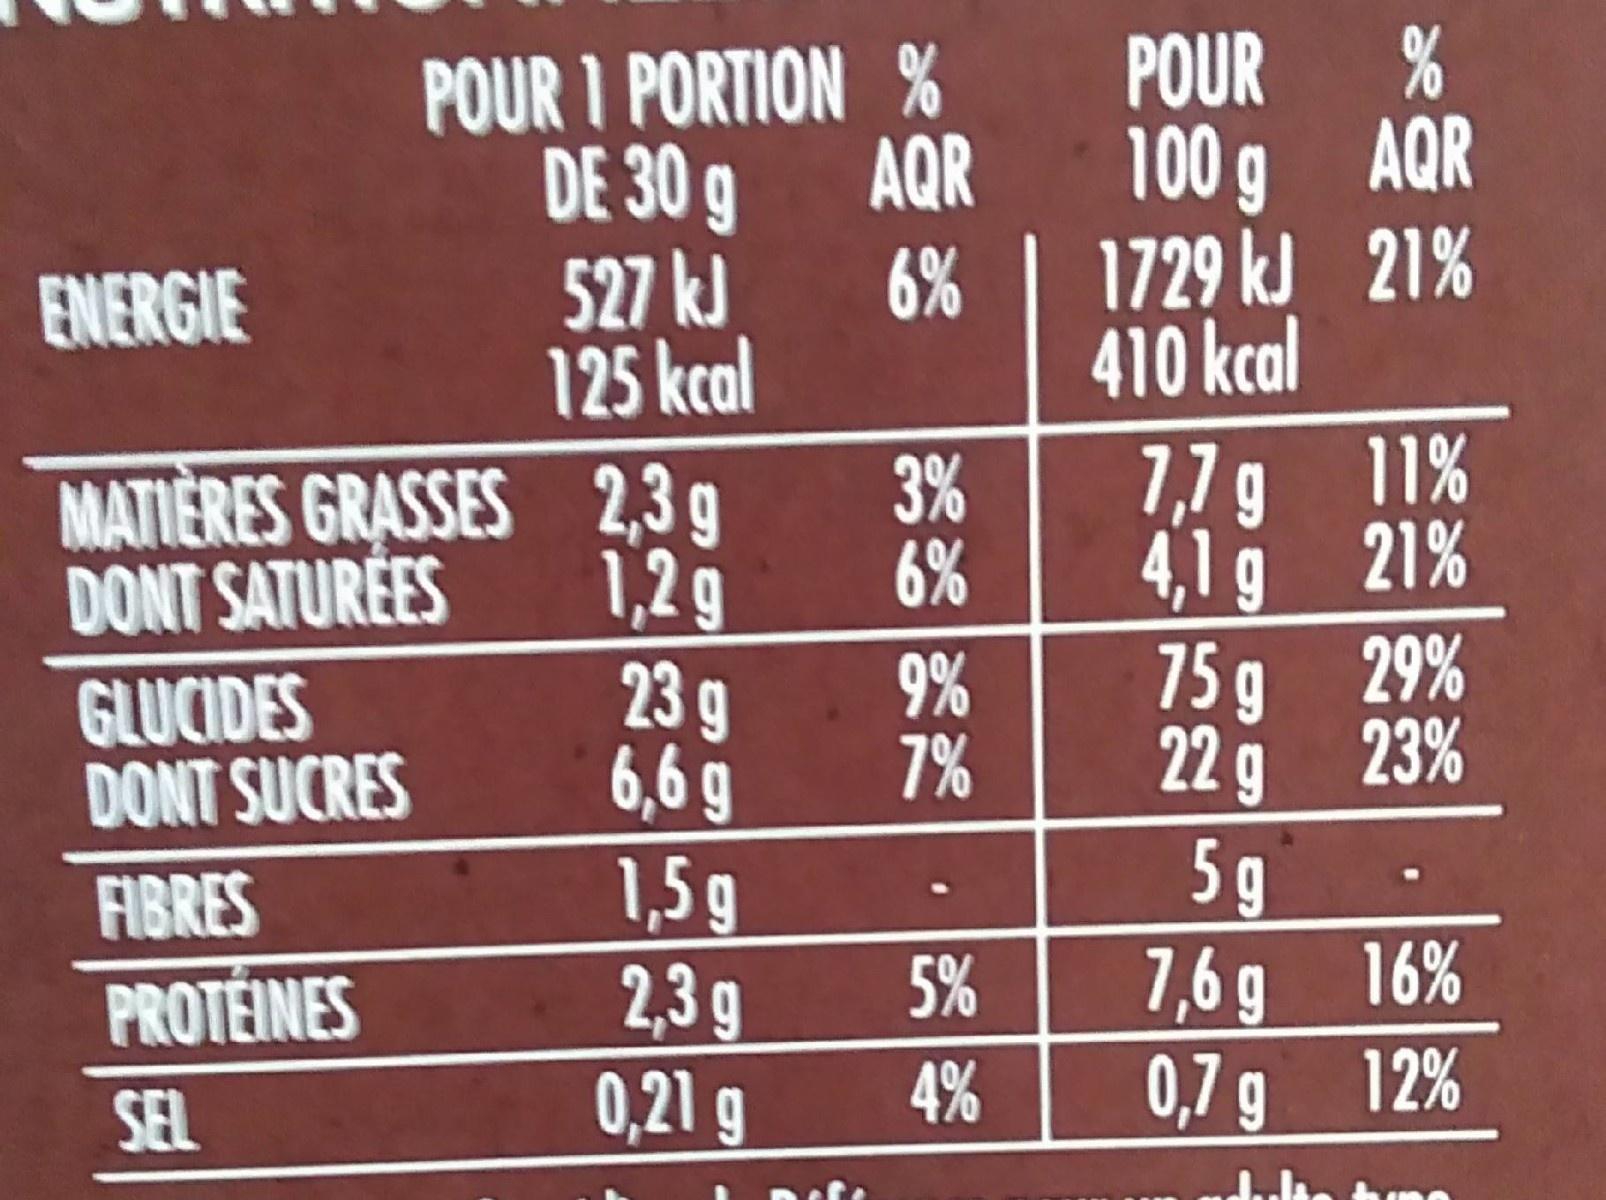
POUR I PORTION % DE 30 g 527 kJ 125 kcal
POUR %
AQR
100 g AQR
ENERGIE
6%
1729 kJ 21%
410 kcal
MATIÈRES GRASSES 2,3g 1,2g 23g 6,6 g 1,5g 2,3g 0,21 g
7,7 g 11% 4,1g 21% 75g 29 % 22g 23%
3% 6%
DONT SATURÉES
GLUCIDES DONT SUCRES
9% 7%
FIBRES PROTÉINES
5 g 7,6g 16% 0,7 g 12%
5%
SEL
4%